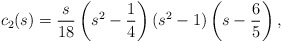
\begin{align*}c_2(s)=\frac{s}{18}\left(s^2-\frac{1}{4}\right)(s^2-1)\left(s-\frac{6}{5}\right){,}\end{align*}